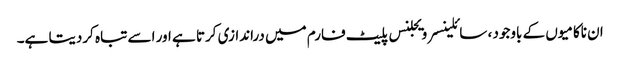
ان ناکامیوں کے باوجود ، سائلینسر ویجلنس پلیٹ فارم میں دراندازی کرتا ہے اور اسے تباہ کردیتا ہے۔